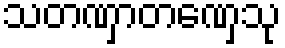
သတဏှာတဏှေသု